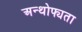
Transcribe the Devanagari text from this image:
अन्थोफ्यता